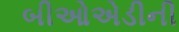
બીઓએડીની